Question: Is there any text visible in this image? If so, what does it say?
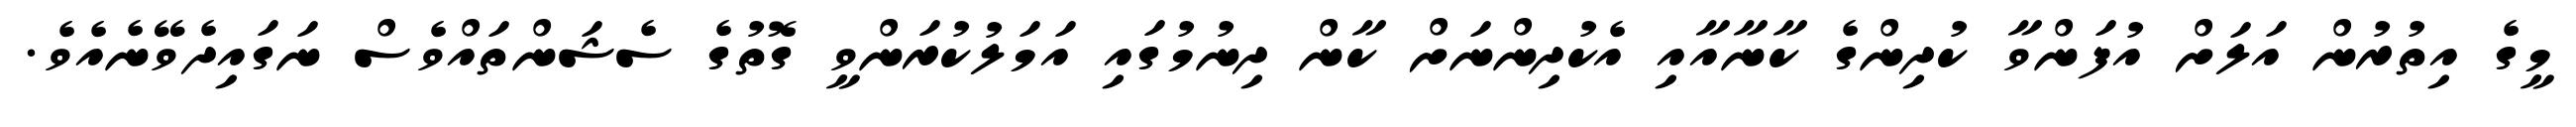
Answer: މީގެ އިތުރުން އަލަށް އުފަންވާ ކުދިންގެ ކާނާއާއި އެކުދިންނަށް ކާން ދިނުމުގައި އަމަލުކުރަންވީ ގޮތުގެ ސެޝަންތައްވެސް ނަގައިދެވޭނެއެވެ.